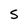
Character: S